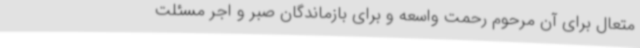
متعال برای آن مرحوم رحمت واسعه و برای بازماندگان صبر و اجر مسئلت